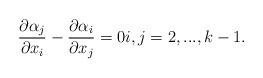
LaTeX: \begin{align*}\frac{\partial \alpha_j}{\partial x_i} - \frac{\partial \alpha_i}{\partial x_j} = 0 i,j=2,...,k-1. \end{align*}